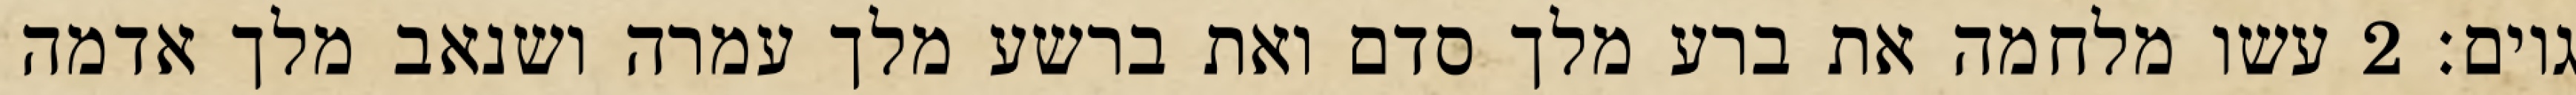
גוים׃ ‎2‏ עשו מלחמה את ברע מלך סדם ואת ברשע מלך עמרה ושנאב מלך אדמה